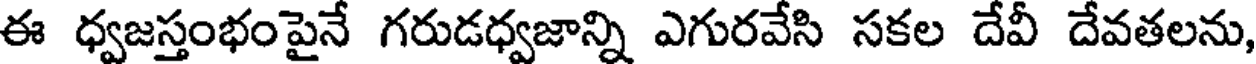
ఈ ధ్వజస్తంభంపైనే గరుడధ్వజాన్ని ఎగురవేసి సకల దేవీ దేవతలను,